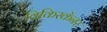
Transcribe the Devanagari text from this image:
विकिस्कॅनर